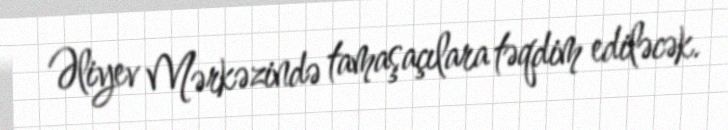
Əliyev Mərkəzində tamaşaçılara təqdim ediləcək.